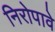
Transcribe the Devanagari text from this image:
निरोपावे